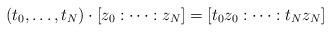
LaTeX: \begin{align*} (t_0,\dots,t_N) \cdot [z_0 : \cdots : z_N] = [ t_0 z_0 : \cdots : t_N z_N ]\end{align*}